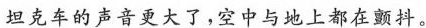
坦克车的声音更大了，空中与地上都在颤抖。